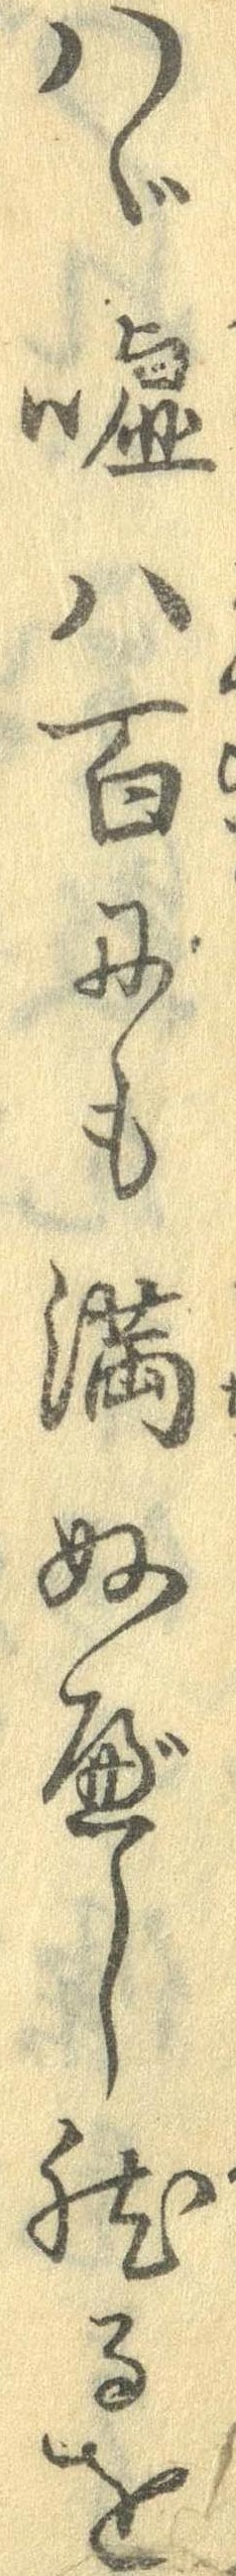
はゞ嘘八百にも満ぬべし然るを